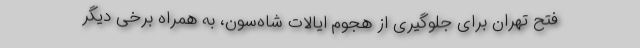
فتح تهران برای جلوگیری از هجوم ایالات شاه‌سَوَن، به همراه برخی دیگر